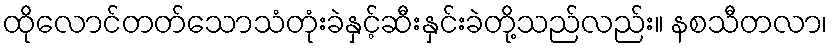
ထိုလောင်တတ်သောသံတုံးခဲနှင့်ဆီးနှင်းခဲတို့သည်လည်း။ နစသီတလာ၊